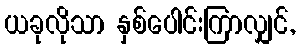
ယခုလိုသာ နှစ်ပေါင်းကြာလျှင်,